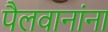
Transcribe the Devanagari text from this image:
पैलवानांना